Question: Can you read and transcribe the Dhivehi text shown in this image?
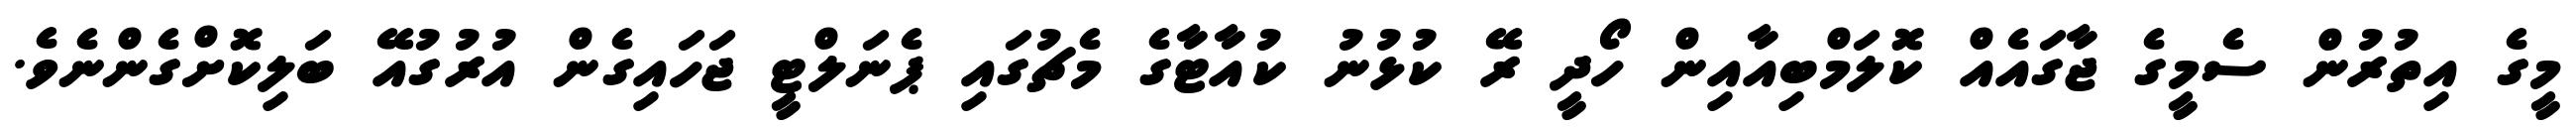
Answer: މީގެ އިތުރުން ސެމީގެ ޖާގައެއް ކޮލަމްބިއާއިން ހޯދީ ރޭ ކުޅުނު ކުއާޓާގެ މެޗުގައި ޕެނަލްޓީ ޖަހައިގެން އުރުގުއޭ ބަލިކޮށްގެންނެވެ.